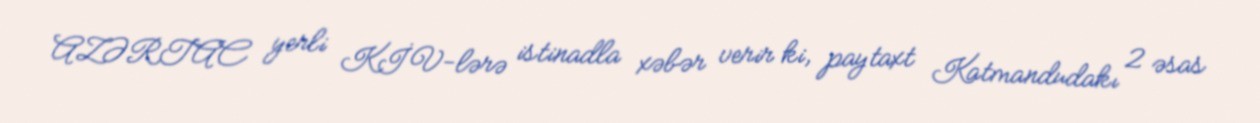
AZƏRTAC yerli KİV-lərə istinadla xəbər verir ki, paytaxt Katmandudakı 2 əsas